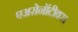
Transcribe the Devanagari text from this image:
एअरोनॉटीक्स